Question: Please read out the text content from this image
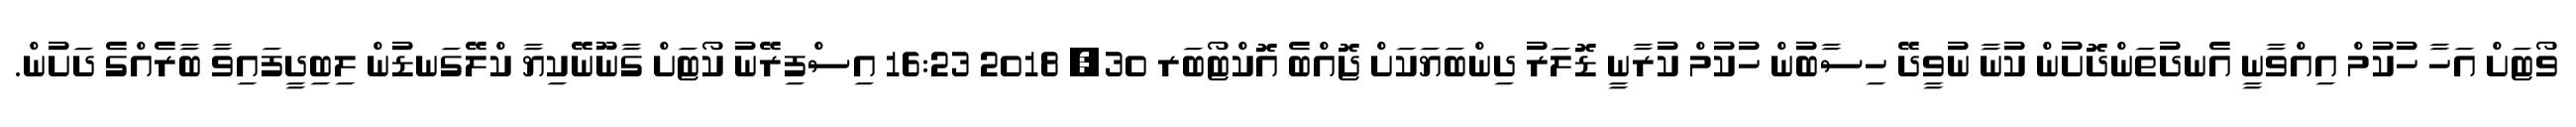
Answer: ވޯޓަށް އަހާ ހުކުމް އިއްވާނީ އެނދުތަންދޮށުން ކުނާ ނުވީދޭ ހިސާބުން ހުކުމް ކުރާނީ ޑޮލަރު ދިންބަޔަކަށް ޖޮއްބެ އޮކްޓޯބަރ 30, 2018 16:23 އިސްފިރޭނު ކޯޓަށް ގާނޫނޭކިޔާ ކްލޭގަނޑުން ލިބިދީފައިވާ ބާރެއްގެ ދަށުން.